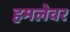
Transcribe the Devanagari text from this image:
हमलेवर